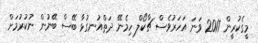
މީގެކުރީން 2017 ވަނަ އަހަރުވެސް ޗާކޯލް ހިމެނޭ ދަތްއުނގުޅާ ބޭސް ބޭނުން ނުކުރުމަށް